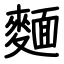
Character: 麵